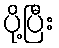
ပို့ပြီး